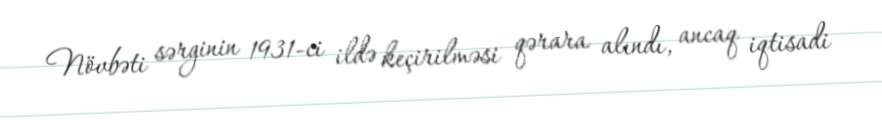
Növbəti sərginin 1931-ci ildə keçirilməsi qərara alındı, ancaq iqtisadi